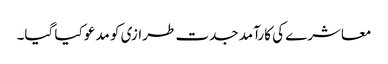
معاشرے کی کارآمد جدت طرازی کو مدعو کیا گیا۔